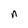
Character: n